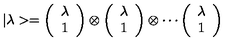
| \lambda > = \left( \begin{array} { c } { \lambda } \\ { 1 } \\ \end{array} \right) \otimes \left( \begin{array} { c } { \lambda } \\ { 1 } \\ \end{array} \right) \otimes \cdots \left( \begin{array} { c } { \lambda } \\ { 1 } \\ \end{array} \right)